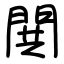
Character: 閧